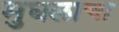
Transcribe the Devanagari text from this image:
मुघलाचा